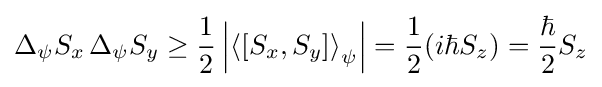
\Delta _{\psi }S_{x}\,\Delta _{\psi }S_{y}\geq {\frac {1}{2}}\left|\left\langle \left[{S_{x}},{S_{y}}\right]\right\rangle _{\psi }\right|={\frac {1}{2}}(i\hbar S_{z})={\frac {\hbar }{2}}S_{z}